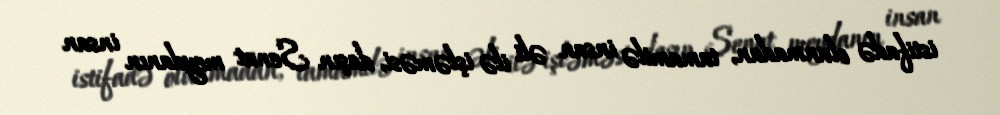
istifadə olunmadan, tamamilə insan əli ilə işləməsi, daşın Senat meydanın insan